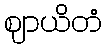
ဈာယိတံ